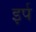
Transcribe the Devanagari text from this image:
इर्प